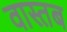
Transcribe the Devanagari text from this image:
वास्तब